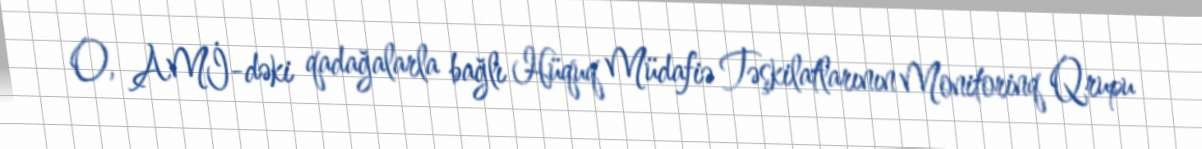
O, AMİ-dəki qadağalarla bağlı Hüquq Müdafiə Təşkilatlarının Monitorinq Qrupu